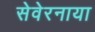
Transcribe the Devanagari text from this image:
सेवेरनाया